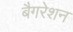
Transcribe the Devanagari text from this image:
बैगरेशन